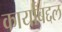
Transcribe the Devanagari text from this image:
कार्यांबद्दल